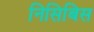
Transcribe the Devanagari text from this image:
निसिबिस